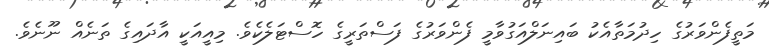
މަތީފެންވަރުގެ ހިދުމަތާއެކު ބައިނަލްއަގުވާމީ ފެންވަރުގެ ފަސްތަރީގެ ހޮސްޓަލެކެވެ. މިއީއަކީ އާދައިގެ ތަނެއް ނޫނެވެ.